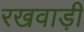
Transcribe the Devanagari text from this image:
रखवाड़ी